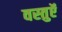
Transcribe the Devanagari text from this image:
वस्‍तुऍं